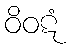
ဝိဝဋံ